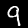
Digit: 9